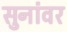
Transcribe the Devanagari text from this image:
सुनांवर